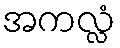
အကလ္လံ